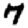
Digit: 7